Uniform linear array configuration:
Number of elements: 32
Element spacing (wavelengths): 0.5
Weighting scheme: hamming
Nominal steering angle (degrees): -15
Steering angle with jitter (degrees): -16.149
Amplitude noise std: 0.05
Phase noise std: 0.05

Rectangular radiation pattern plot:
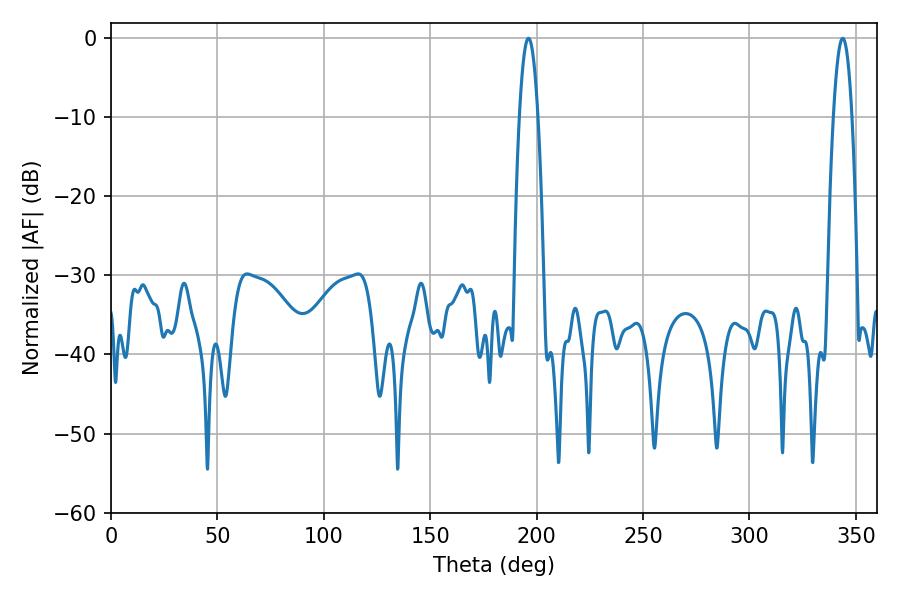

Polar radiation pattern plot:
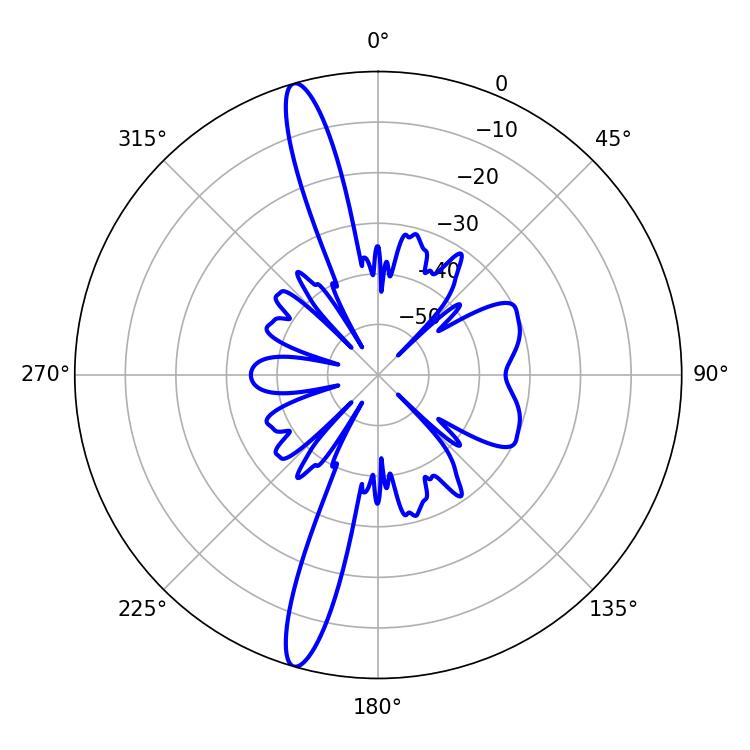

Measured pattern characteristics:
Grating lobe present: FALSE
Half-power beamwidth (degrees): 4.68
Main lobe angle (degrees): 196.2